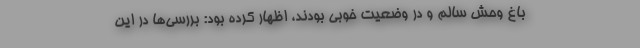
باغ وحش سالم و در وضعیت خوبی بودند، اظهار کرده بود: بررسی‌ها در این